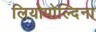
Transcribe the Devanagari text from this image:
लियोपोल्दिना